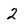
Character: 2